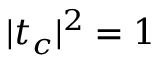
| t _ { c } | ^ { 2 } = 1